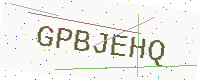
Text: GPBJEHQ